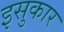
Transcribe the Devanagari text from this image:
इसुकार